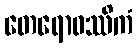
တေရောဝဿိကံ